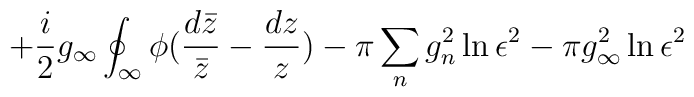
+\frac{i}{2}g_\infty\oint_\infty\phi(\frac{d\bar z}{\bar z}- \frac{dz}{z})-\pi\sum_n g_n^2 \ln\epsilon^2 -\pi g_\infty^2\ln\epsilon^2